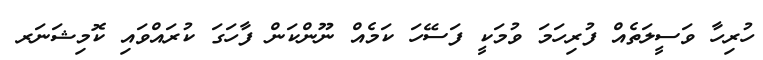
ހުރިހާ ވަސީލަތެއް ފުރިހަމަ ވުމަކީ ފަސޭހަ ކަމެއް ނޫންކަން ފާހަގަ ކުރައްވައި ކޮމިޝަނަރ